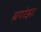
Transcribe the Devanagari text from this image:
ब्रगांझा